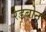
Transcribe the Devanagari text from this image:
रेडबोन